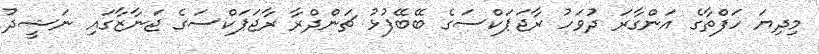
މިދިޔަ ހަފްތާގެ އަންގާރަ ދުވަހު ރާޖަޕަކްސަގެ ބޭބޭފުޅު ޗަންދްރާ ރާޖަޕަކްސަގެ ޖަނާޒާގައި ނަޝީދު